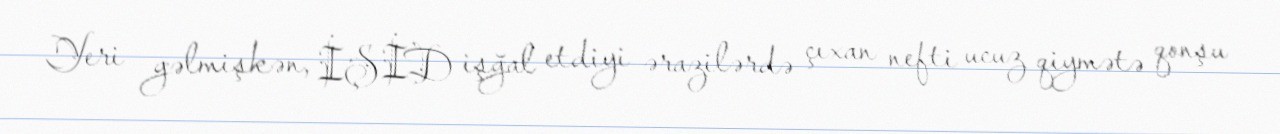
Yeri gəlmişkən, İŞİD işğal etdiyi ərazilərdə çıxan nefti ucuz qiymətə qonşu